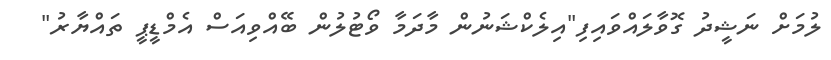
ލުމަށް ނަޝީދު ގޮވާލައްވައިފި"އިލެކްޝަނުން މާދަމާ ވޯޓުލުން ބޭއްވިއަސް އެމްޑީޕީ ތައްޔާރު"